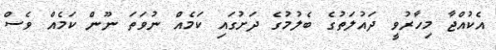
އެކުއްޖާ މިހާރުވީ ދައުލަތުގެ ބެލުމުގެ ދަށުގައި ކަމެއް ނުވަތަ ނޫން ކަމެއް ވެސް